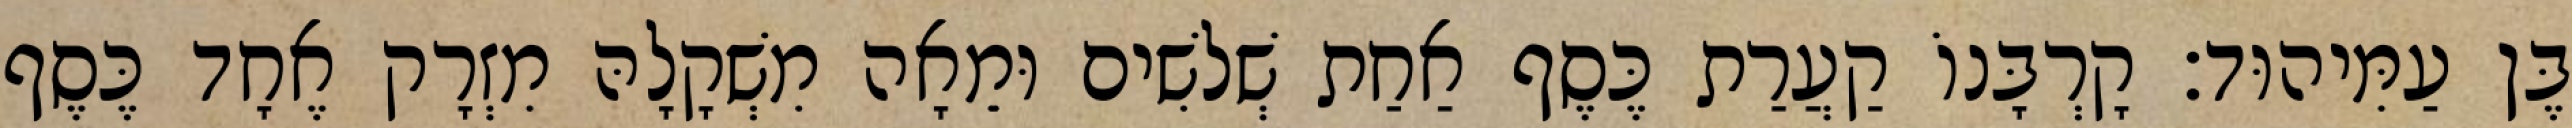
בֶּן עַמִּיהוּד׃ קָרְבָּנוֹ קַעֲרַת כֶּסֶף אַחַת שְׁלשִׁים וּמֵאָה מִשְׁקָלָהּ מִזְרָק אֶחָד כֶּסֶף